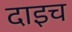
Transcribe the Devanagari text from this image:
दाइच